Annual report on the mental hospital in the Central Provinces and Berar (Nagpur) - 1927-1951
Year: 1927
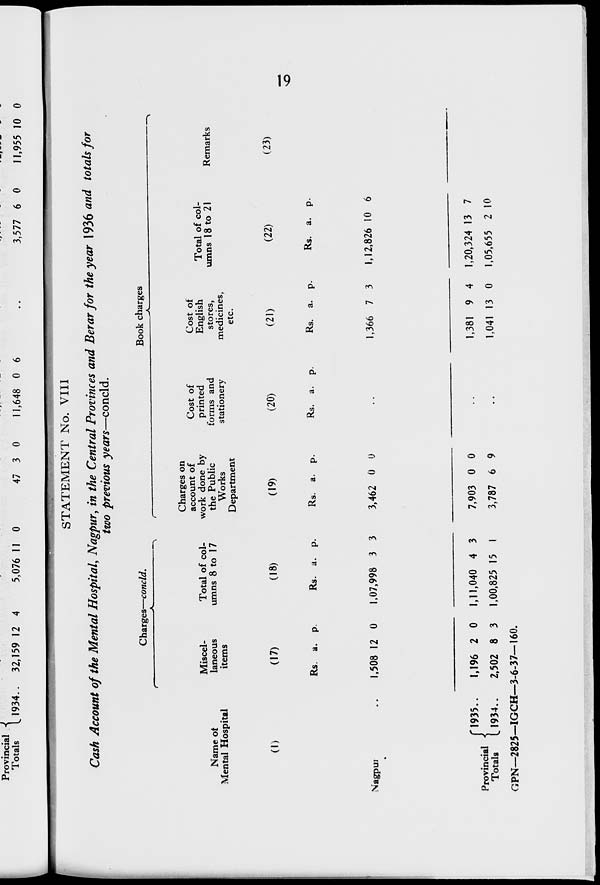
19
STATEMENT No. VIII
Cash Account of the Mental Hospital, Nagpur, in the Central Provinces and Berar for the year 1936 and totals for
two previous years—concld.
Name of
Mental Hospital
(1)
Nagpur
..
Provincial
Totals
1935..
1934..
Charges—concld.
Miscel-
laneous
items
(17)
Rs.
1,508
1,196
2,502
a.
12
2
8
p.
0
0
3
Total of col-
umns 8 to 17
(18)
Rs.
1,07,998
1,11,040
1,00,825
a.
3
4
15
p.
3
3
1
Book charges
Charges on
account of
work done by
the Public
Works
Department
(19)
Rs.
3,462
7,903
3,787
a.
0
0
6
p.
0
0
9
Cost of
printed
forms and
stationery
(20)
Rs. a. p.
..
..
..
Cost of
English
stores,
medicines,
etc.
(21)
Rs.
1,366
1,381
1,041
a.
7
9
13
p.
3
4
0
Total of col-
umns 18 to 21
(22)
Rs.
1,12,826
1,20,324
1,05,655
a.
10
13
2
p.
6
7
10
Remarks
(23)
GPN—2825—IGCH—3-6-37— 160.